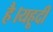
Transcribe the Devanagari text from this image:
है।यहूदी